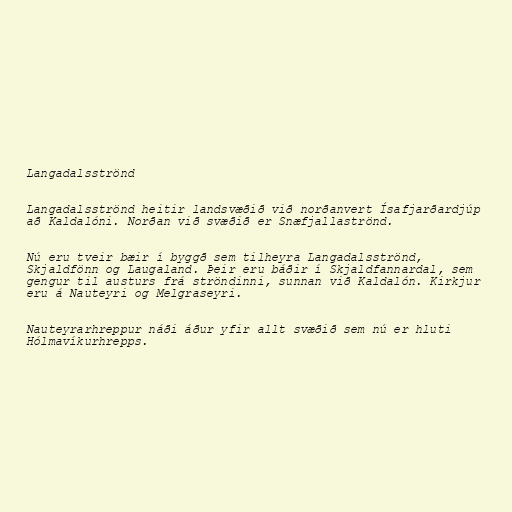
Langadalsströnd

Langadalsströnd heitir landsvæðið við norðanvert Ísafjarðardjúp
að Kaldalóni. Norðan við svæðið er Snæfjallaströnd.

Nú eru tveir bæir í byggð sem tilheyra Langadalsströnd,
Skjaldfönn og Laugaland. Þeir eru báðir í Skjaldfannardal, sem
gengur til austurs frá ströndinni, sunnan við Kaldalón. Kirkjur
eru á Nauteyri og Melgraseyri.

Nauteyrarhreppur náði áður yfir allt svæðið sem nú er hluti
Hólmavíkurhrepps.